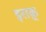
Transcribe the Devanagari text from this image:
इराक़्